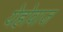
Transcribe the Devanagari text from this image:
येहोवाज